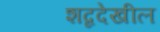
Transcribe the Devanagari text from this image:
शब्ददेखील